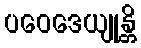
ပဝေဒေယျုန္တိ